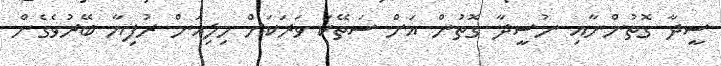
ސީދާ ގޮތުންނާއި ނުސީދާ ގޮތުން އަށް ސަތޭކަ ވަރަކަށް މިލިއަން ރުފިޔާ ބޭރުވެގެން